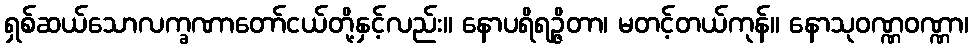
ရှစ်ဆယ်သောလက္ခဏာတော်ငယ်တို့နှင့်လည်း။ နောပရိရဉ္ဇိတာ၊ မတင့်တယ်ကုန်။ နောသုဝဏ္ဏဝဏ္ဏာ၊